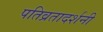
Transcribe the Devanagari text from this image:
पतिव्रतादर्शनी